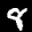
Label: 8